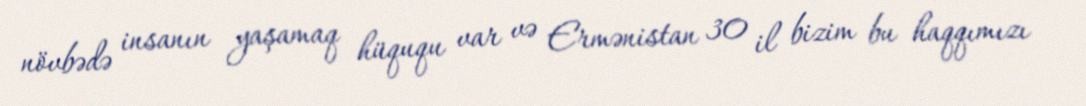
növbədə insanın yaşamaq hüququ var və Ermənistan 30 il bizim bu haqqımızı